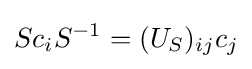
Sc_{i}S^{-1}=(U_{S})_{ij}c_{j}